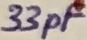
Text: 33pF